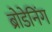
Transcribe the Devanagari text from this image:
ब्रोडेनिंग